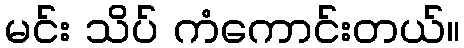
မင်း သိပ် ကံကောင်းတယ်။